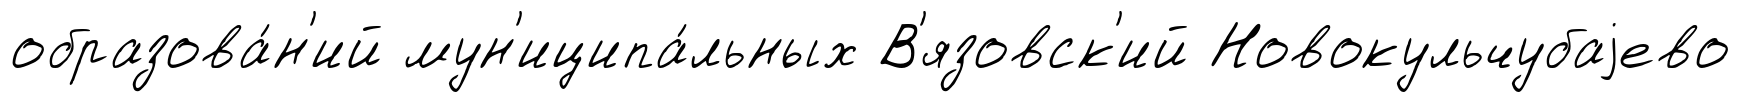
образова́н'ий мун'иципа́льных В'язовск'ий Новокульчубаjево